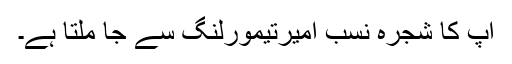
آپ کا شجرہ نسب امیرتیمورلنگ سے جا ملتا ہے۔